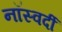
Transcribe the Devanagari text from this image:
नॉस्वर्दी